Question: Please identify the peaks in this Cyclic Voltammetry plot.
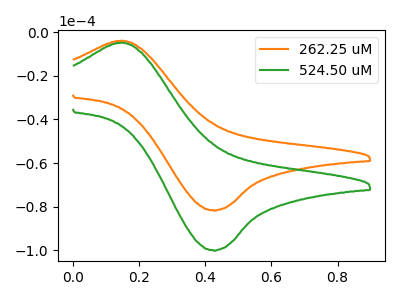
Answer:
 <answer>The orange curve "262.25 uM" has an anodic peak at (0.15V, -3.80uA) and a cathodic peak at (0.40V, -81.65uA). The green curve "524.50 uM" has an anodic peak at (0.15V, -4.70uA) and a cathodic peak at (0.40V, -100.00uA).</answer>
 <eval></eval>